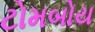
ટોમબોય